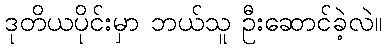
ဒုတိယပိုင်းမှာ ဘယ်သူ ဦးဆောင်ခဲ့လဲ။